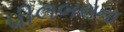
પીલબરાના